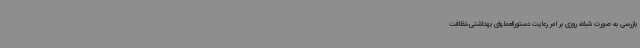
بازرسی به صورت شبانه روزی بر امر رعایت دستورالعملهای بهداشتی،نظافت